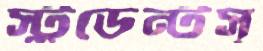
স্টুডেন্টস্